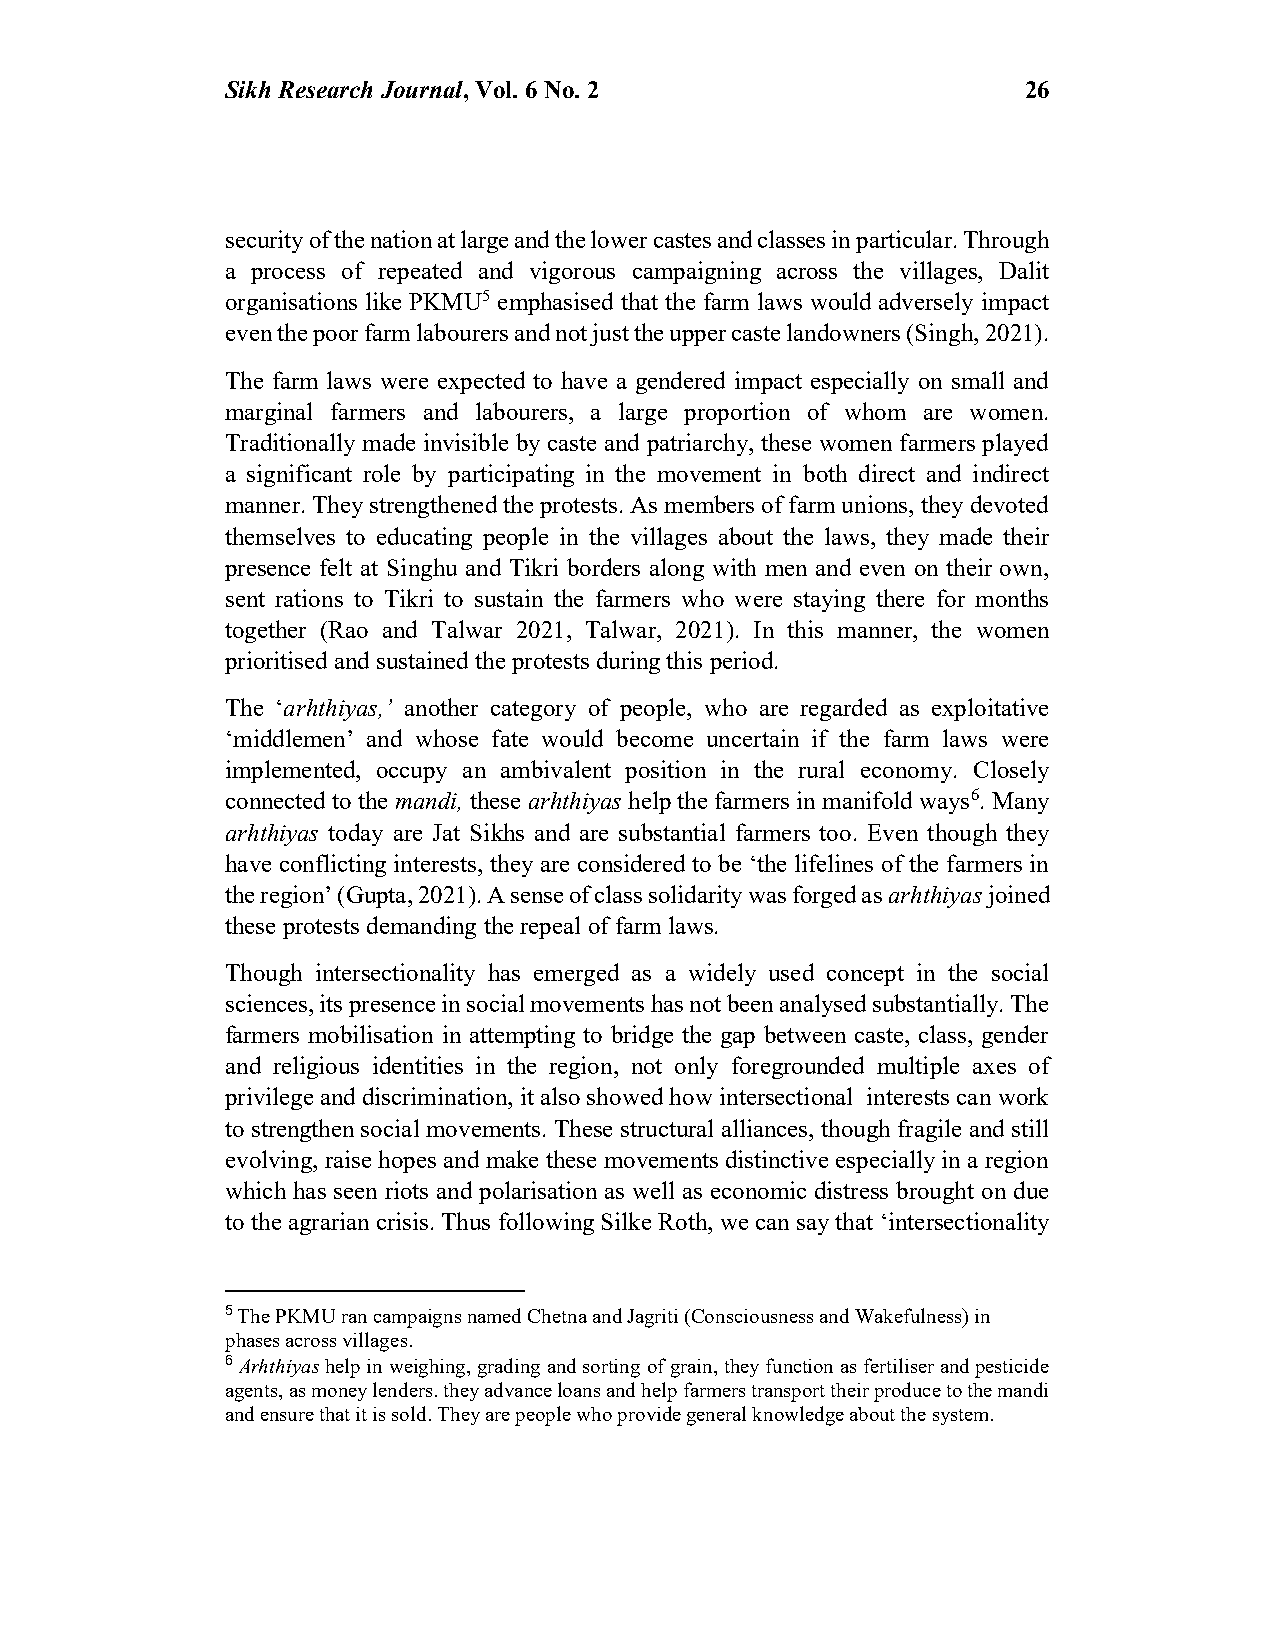
Sikh Research Journal, Vol. 6 No. 2                  26
 security of the nation at large and the lower castes and classes in particular. Through
 a process of repeated and vigorous campaigning across the villages, Dalit
 organisations like PKMU5 emphasised that the farm laws would adversely impact
 even the poor farm labourers and not just the upper caste landowners (Singh, 2021).
 The farm laws were expected to have a gendered impact especially on small and
 marginal farmers and labourers, a large proportion of whom are women.
 Traditionally made invisible by caste and patriarchy, these women farmers played
 a significant role by participating in the movement in both direct and indirect
 manner. They strengthened the protests. As members of farm unions, they devoted
 themselves to educating people in the villages about the laws, they made their
 presence felt at Singhu and Tikri borders along with men and even on their own,
 sent rations to Tikri to sustain the farmers who were staying there for months
 together (Rao and Talwar 2021, Talwar, 2021). In this manner, the women
 prioritised and sustained the protests during this period.
 The ‘arhthiyas,’ another category of people, who are regarded as exploitative
 ‘middlemen’ and whose fate would become uncertain if the farm laws were
 implemented, occupy an ambivalent position in the rural economy. Closely
 connected to the mandi, these arhthiyas help the farmers in manifold ways6. Many
 arhthiyas today are Jat Sikhs and are substantial farmers too. Even though they
 have conflicting interests, they are considered to be ‘the lifelines of the farmers in
 the region’ (Gupta, 2021). A sense of class solidarity was forged as arhthiyas joined
 these protests demanding the repeal of farm laws.
 Though intersectionality has emerged as a widely used concept in the social
 sciences, its presence in social movements has not been analysed substantially. The
 farmers mobilisation in attempting to bridge the gap between caste, class, gender
 and religious identities in the region, not only foregrounded multiple axes of
 privilege and discrimination, it also showed how intersectional interests can work
 to strengthen social movements. These structural alliances, though fragile and still
 evolving, raise hopes and make these movements distinctive especially in a region
 which has seen riots and polarisation as well as economic distress brought on due
 to the agrarian crisis. Thus following Silke Roth, we can say that ‘intersectionality
 5 The PKMU ran campaigns named Chetna and Jagriti (Consciousness and Wakefulness) in
 phases across villages.
 6 Arhthiyas help in weighing, grading and sorting of grain, they function as fertiliser and pesticide
 agents, as money lenders. they advance loans and help farmers transport their produce to the mandi
 and ensure that it is sold. They are people who provide general knowledge about the system.